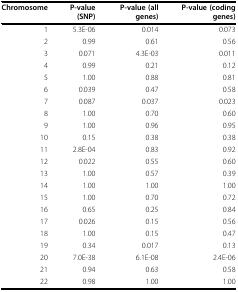
| Chromosome | P-value (SNP) | P-value (all genes) | P-value (coding genes) |
 | --- | --- | --- | --- |
 | 1 | 5.3E-06 | 0.014 | 0.073 |
 | 2 | 0.99 | 0.61 | 0.56 |
 | 3 | 0.071 | 4.3E-03 | 0.011 |
 | 4 | 0.99 | 0.21 | 0.12 |
 | 5 | 1.00 | 0.88 | 0.81 |
 | 6 | 0.039 | 0.47 | 0.58 |
 | 7 | 0.087 | 0.037 | 0.023 |
 | 8 | 1.00 | 0.70 | 0.60 |
 | 9 | 1.00 | 0.96 | 0.95 |
 | 10 | 0.15 | 0.38 | 0.38 |
 | 11 | 2.8E-04 | 0.83 | 0.92 |
 | 12 | 0.022 | 0.55 | 0.60 |
 | 13 | 1.00 | 0.57 | 0.39 |
 | 14 | 1.00 | 1.00 | 1.00 |
 | 15 | 1.00 | 0.70 | 0.72 |
 | 16 | 0.65 | 0.25 | 0.84 |
 | 17 | 0.026 | 0.15 | 0.56 |
 | 18 | 1.00 | 0.15 | 0.47 |
 | 19 | 0.34 | 0.017 | 0.13 |
 | 20 | 7.0E-38 | 6.1E-08 | 2.4E-06 |
 | 21 | 0.94 | 0.63 | 0.58 |
 | 22 | 0.98 | 1.00 | 1.00 |